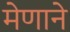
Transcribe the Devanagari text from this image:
मेणाने